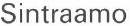
Sintraamo